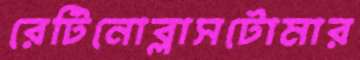
রেটিনোব্লাসটোমার